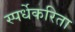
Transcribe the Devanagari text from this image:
स्पर्धेकरिता